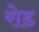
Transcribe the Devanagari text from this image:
रोड